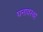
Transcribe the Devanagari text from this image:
घनावस्था